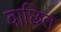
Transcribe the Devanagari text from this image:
वाछित